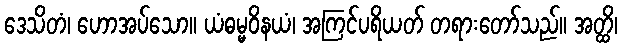
ဒေသိတံ၊ ဟောအပ်သော။ ယံဓမ္မဝိနယံ၊ အကြင်ပရိယတ် တရားတော်သည်။ အတ္ထိ၊